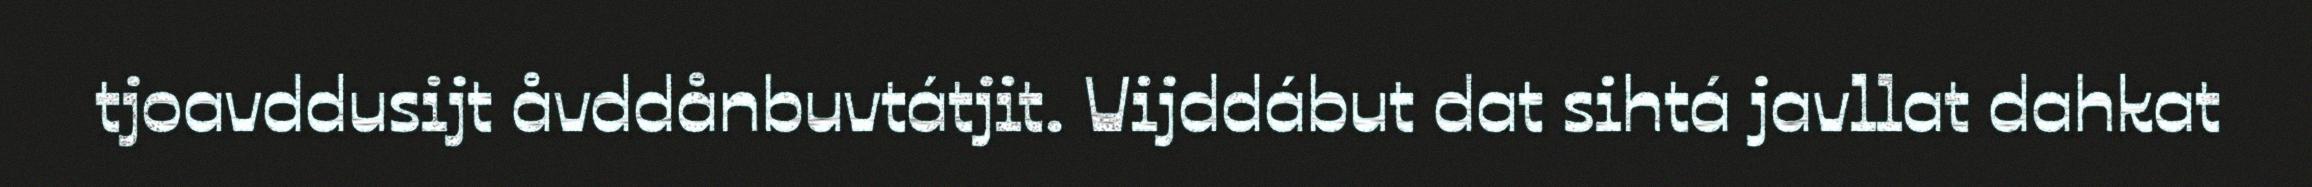
tjoavddusijt åvddånbuvtátjit. Vijddábut dat sihtá javllat dahkat